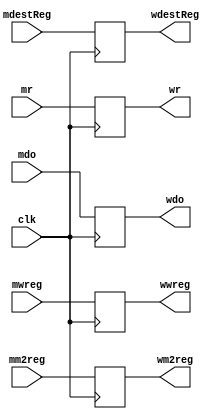
`timescale 1ns / 1ps
//////////////////////////////////////////////////////////////////////////////////
// Company: 
// Engineer: 
// 
// Design Name: 
// Module Name: MEMWBpipeline_dp
// Project Name: 
// Target Devices: 
// Tool Versions: 
// Description: 
// 
// Dependencies: 
// 
// Revision:
// Revision 0.01 - File Created
// Additional Comments:
// 
//////////////////////////////////////////////////////////////////////////////////

module MEMWBpipeline(
    input mwreg,              // Control signal for writing to the register file
    input mm2reg,             // Control signal for writing to the register file (Memory Stage)
    input [4:0] mdestReg,     // Destination register address
    input [31:0] mr,          // Result from the data memory
    input [31:0] mdo,         // Data read from the data memory
    input clk,                // Clock signal

    output reg wwreg,         // Output for write enable signal
    output reg wm2reg,        // Output for write enable signal (Memory stage)
    output reg [4:0] wdestReg, // Output for destination register address
    output reg [31:0] wr,     // Output for result from the data memory
    output reg [31:0] wdo     // Output for data read from the data memory
);

always @ (posedge clk)
begin
    wwreg = mwreg;             // Update write enable signal for register file writing.
    wm2reg = mm2reg;           // Update write enable signal for register file writing in the Memory stage.
    wdestReg = mdestReg;       // Update destination register address.
    wr = mr;                   // Update result from the data memory.
    wdo = mdo;                 // Update data read from the data memory.
end
endmodule